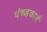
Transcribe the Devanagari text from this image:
पंच्डकार्ड